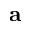
\bf \delta a